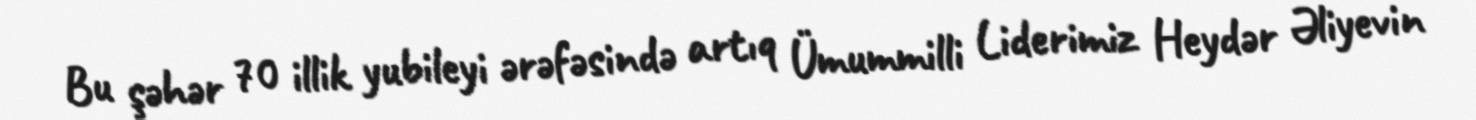
Bu şəhər 70 illik yubileyi ərəfəsində artıq Ümummilli Liderimiz Heydər Əliyevin